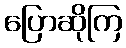
ပြောဆိုကြ